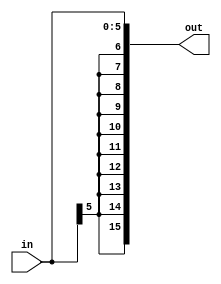
module sext6_1(in, out);		
	input  [5:0] in;
	output [15:0] out;
	assign out = {{10{in[5]}}, in[5:0]};
endmodule